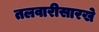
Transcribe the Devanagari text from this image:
तलवारीसारखे